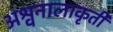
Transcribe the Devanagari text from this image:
अश्वनालाकृती